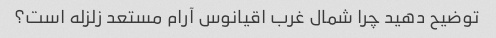
توضیح دهید چرا شمال غرب اقیانوس آرام مستعد زلزله است؟